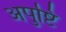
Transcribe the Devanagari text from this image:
अपुष्टि